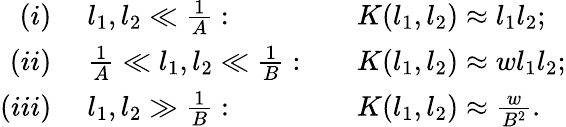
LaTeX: \begin{array}{rll}{{(i)}}&{{\; l_{1},l_{2}\ll{\frac{1}{A}}:\quad}}&{{K(l_{1},l_{2})\approx l_{1}l_{2};}}\\ {{(ii)}}&{{\; {\frac{1}{A}}\ll l_{1},l_{2}\ll{\frac{1}{B}}:\quad}}&{{K(l_{1},l_{2})\approx wl_{1}l_{2};}}\\ {{(iii)}}&{{\; l_{1},l_{2}\gg{\frac{1}{B}}:\quad}}&{{K(l_{1},l_{2})\approx{\frac{w}{B^{2}}}.}}\end{array}